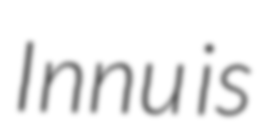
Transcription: Innu is